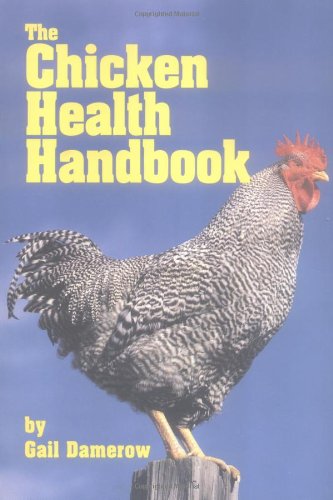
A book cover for The Chicken Health Handbook; Gail Damerow; Medical Books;